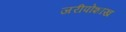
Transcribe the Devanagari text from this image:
जरीपोशाख